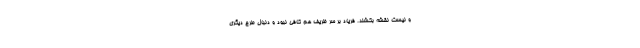
و نیست نقشه بکشند. فریاد بر سر ظریف هم کافی نبود و دنبال طرح دیگری